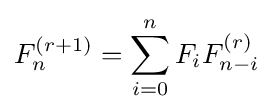
F_{n}^{(r+1)}=\sum _{i=0}^{n}F_{i}F_{n-i}^{(r)}